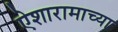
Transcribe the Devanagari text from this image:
ऐशारामाच्या